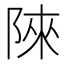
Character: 䧒